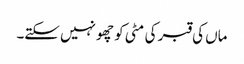
ماں کی قبر کی مٹی کو چھو نہیں سکتے۔